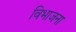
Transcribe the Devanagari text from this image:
विभाजना